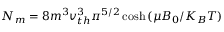
N _ { m } = 8 m ^ { 3 } v _ { t h } ^ { 3 } \pi ^ { 5 / 2 } \cosh { ( \mu B _ { 0 } / K _ { B } T ) }